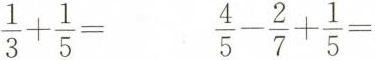
$$\frac{1}{3}+ \frac{1}{5}=$$ $$\frac{4}{5}- \frac{2}{7}+ \frac{1}{5}=$$